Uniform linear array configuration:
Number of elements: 48
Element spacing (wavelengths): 0.25
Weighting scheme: blackman
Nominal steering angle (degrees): -30
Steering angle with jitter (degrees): -30.773
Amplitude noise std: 0.05
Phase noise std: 0.05

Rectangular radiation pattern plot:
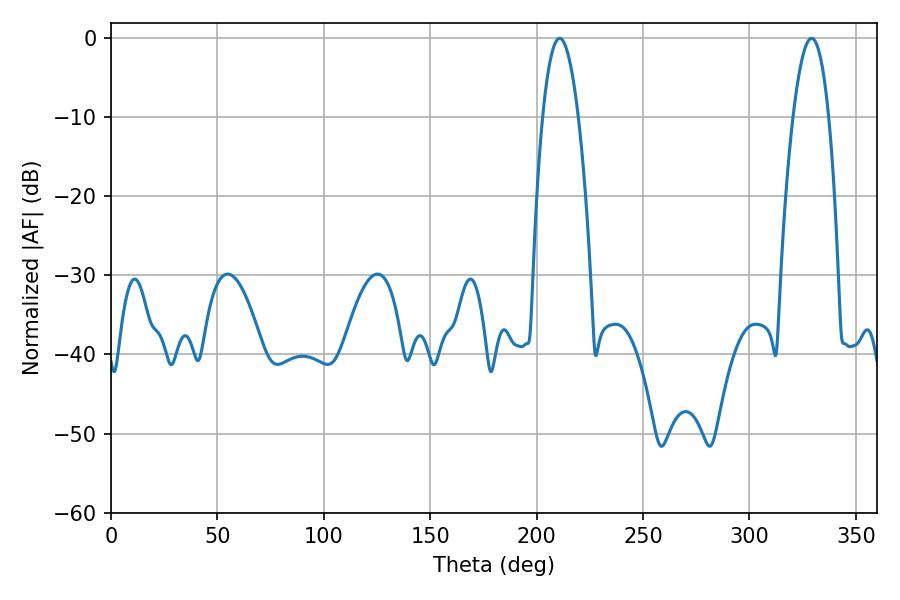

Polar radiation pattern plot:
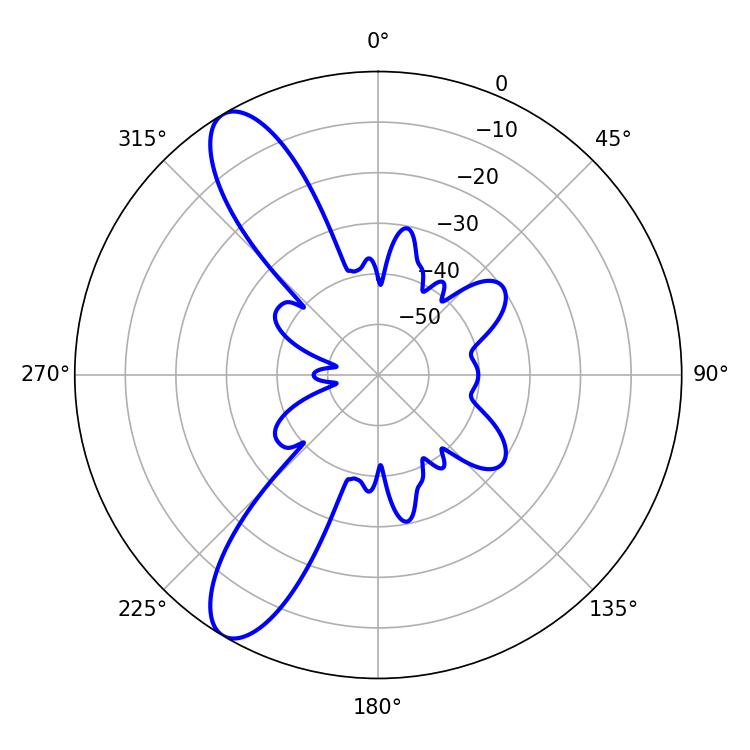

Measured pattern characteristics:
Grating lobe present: FALSE
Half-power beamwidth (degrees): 9.18
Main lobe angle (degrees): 210.78